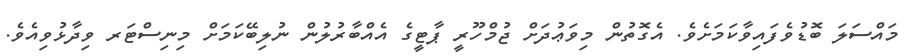
މައްސަލަ ބޮޑުވެފައިވާކަމަށެވެ. އެގޮތުން މިވަޢުދަށް ޖުމްހޫރީ ޕާޓީގެ އެއްބާރުލުން ނުލިބޭކަމަށް މިނިސްޓަރ ވިދާޅުވިއެވެ.